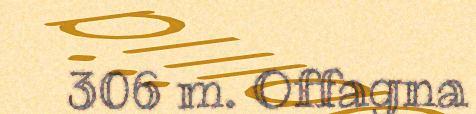
306 m. Offagna